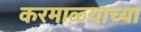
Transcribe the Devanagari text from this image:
करमाळ्याच्या